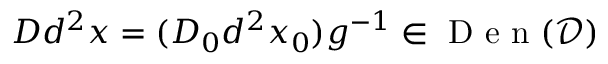
D d ^ { 2 } x = ( D _ { 0 } d ^ { 2 } x _ { 0 } ) g ^ { - 1 } \in \mathrm { ~ D ~ e ~ n ~ } ( \mathcal { D } )